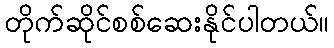
တိုက်ဆိုင်စစ်ဆေးနိုင်ပါတယ်။